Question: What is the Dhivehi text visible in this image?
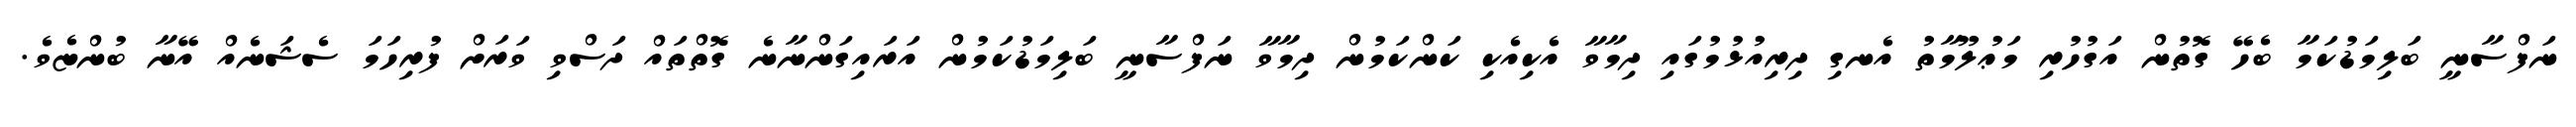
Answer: ނަފްސާނީ ބަލިމަޑުކަމާ ބެހޭ ގޮތުން އަގުހުރި މަޢުލޫމާތު އެނގި ދިރިއުޅުމުގައި ދިމާވާ އެކިއެކި ކަންކަމުން ދިމާވާ ނަފްސާނީ ބަލިމަޑުކަމުން އަރައިގަންނާނެ ގޮތްތައް ދަސްވި ވަރަށް ފުރިހަމަ ސެޝަނެއް އޭނާ ބުންޏެވެ.